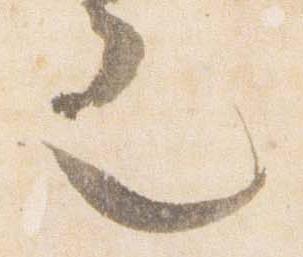
也